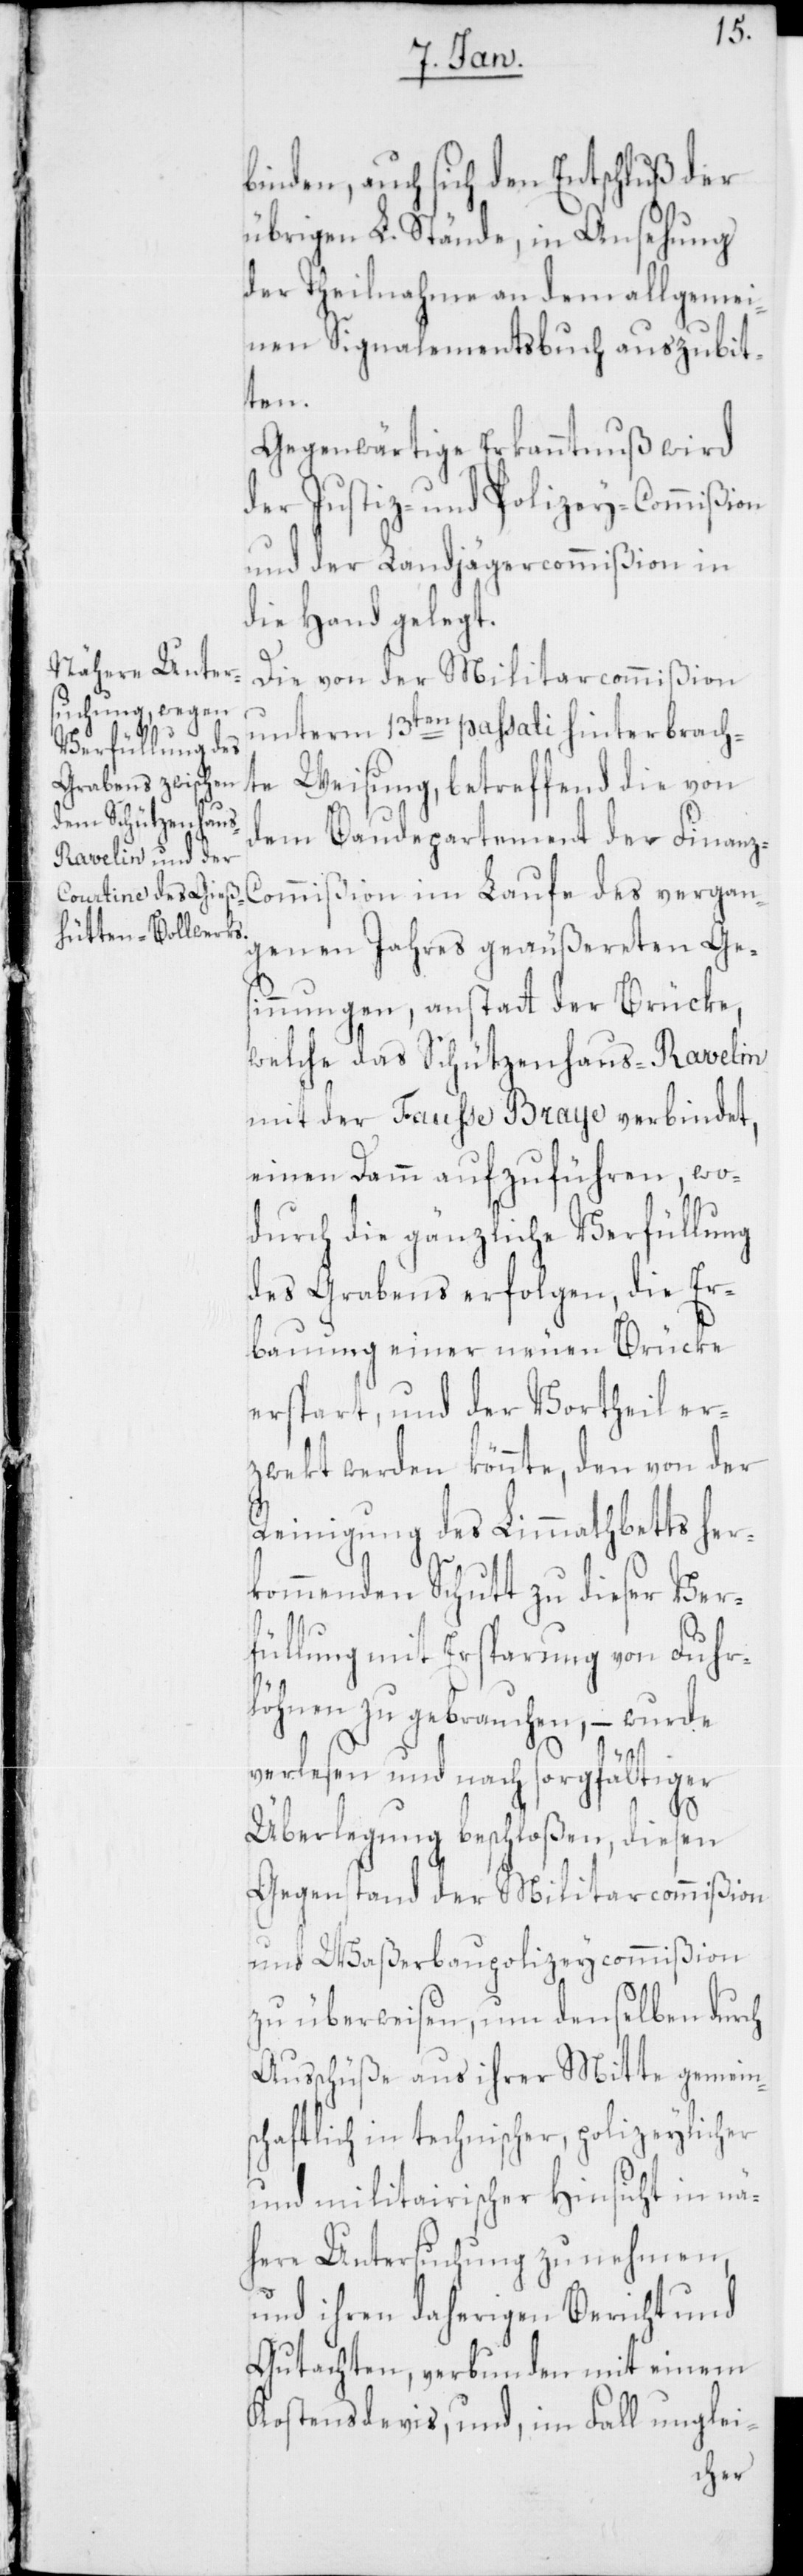
binden, auch sich den Entschluß der
übrigen L. Stände, in Ansehung
der Theilnahme an dem allgemei¬
nen Signalementsbuch auszubit¬
ten.
Gegenwärtige Erkanntnuß wird
der Justiz- und Polizey-Commißion
und der Landjägercommißion in
die Hand gelegt.
Die von der Militarcommißion
unterm 13ten passati hinterbrach¬
te Weisung, betreffend die von
dem Baudepartement der Finan¬
ommißion im Laufe des vergan¬
genen Jahres geäußereten Ges¬
innungen, anstatt der Brücke,
welche das Schützenhaus-Ravelin
mit der Fauße Braye verbindet,
einen Damm aufzuführen, wo¬
durch die gänzliche Verfüllung
des Grabens erfolgen, die Er¬
bauung einer neuen Brücke
erspart, und der Vortheil er¬
zweckt werden könnte, den von der
Reinigung des Limmathbetts her¬
kommenden Schutt zu dieser Ver¬
füllung mit Ersparung von Fuhr¬
löhnen zu gebrauchen, – wurde
z-C¬
verlesen und nach sorgfältiger
Überlegung beschloßen, diesen
Gegenstand der Militarcommißion
und Waßerbaupolizeycommißion
zu überweisen, um denselben durch
Ausschüße aus ihrer Mitte gemein¬
schaftlich in technischer, polizeylicher
und militairischer Hinsicht in nä¬
here Untersuchung zu nehmen,
und ihren daherigen Bericht und
Gutachten, verbunden mit einem
Kostensdevis, und, im Fall unglei-